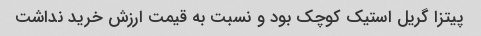
پیتزا گریل استیک کوچک بود و نسبت به قیمت ارزش خرید نداشت